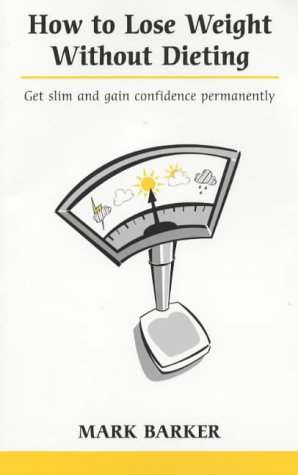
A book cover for How to Lose Weight without Dieting (Overcoming Common Problems); Mark Barker; Health, Fitness & Dieting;